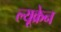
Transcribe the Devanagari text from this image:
ल्यूक्रेन